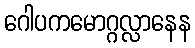
ဂေါပကမောဂ္ဂလ္လာနေန